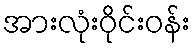
အားလုံးဝိုင်းဝန်း